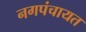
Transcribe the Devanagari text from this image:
नगपंचायत